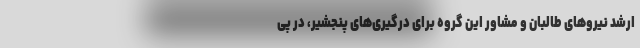
ارشد نیروهای طالبان و مشاور این گروه برای درگیری‌های پنجشیر، در پی